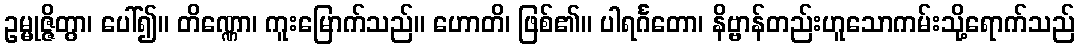
ဥမ္မုဇ္ဇိတွာ၊ ပေါ်၍။ တိဏ္ဏော၊ ကူးမြောက်သည်။ ဟောတိ၊ ဖြစ်၏။ ပါရင်္ဂတော၊ နိဗ္ဗာန်တည်းဟူသောကမ်းသို့ရောက်သည်